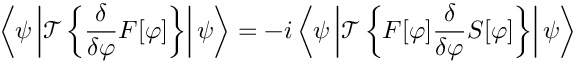
\left\langle \psi \left| { \mathcal { T } } \left\{ { \frac { \delta } { \delta \varphi } } F [ \varphi ] \right\} \right| \psi \right\rangle = - i \left\langle \psi \left| { \mathcal { T } } \left\{ F [ \varphi ] { \frac { \delta } { \delta \varphi } } S [ \varphi ] \right\} \right| \psi \right\rangle